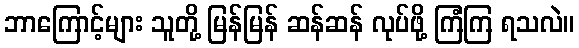
ဘာကြောင့်များ သူတို့ မြန်မြန် ဆန်ဆန် လုပ်ဖို့ ကြံကြ ရသလဲ။